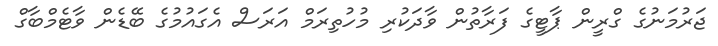
ޖަރުމަނުގެ ގްރީން ޕާޓީގެ ފަރާތުން ވާދަކުރި މުހުތިރަމް އަރަސް އެގައުމުގެ ބޭޑެން ވާޓެމްބާގް